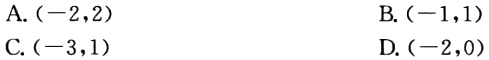
A. $(-2,2)$

B. $(-1,1)$

C. $(-3,1)$

D. $(-2,0)$